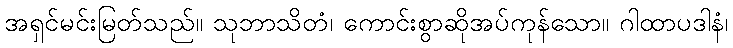
အရှင်မင်းမြတ်သည်။ သုဘာသိတံ၊ ကောင်းစွာဆိုအပ်ကုန်သော။ ဂါထာပဒါနံ၊